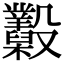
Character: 𣫩